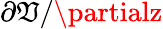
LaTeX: \partial\mathfrak{V}/\partialz